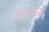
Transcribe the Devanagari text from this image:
शालक